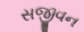
સજીવન